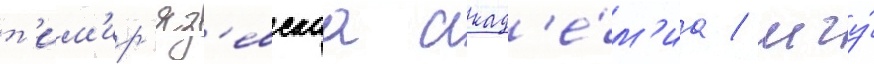
т'им'ир'яз'евскаа акад'е́м'иа / мгу́